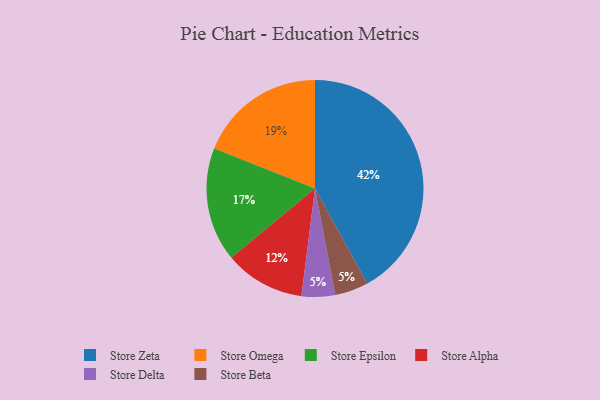
{"axis": {"x": "Category", "y": "Percentage"}, "legend": ["Store Alpha", "Store Beta", "Store Delta", "Store Epsilon", "Store Omega", "Store Zeta"], "data": [{"x": "Store Delta", "y": 5, "type": "Store Delta"}, {"x": "Store Omega", "y": 19, "type": "Store Omega"}, {"x": "Store Beta", "y": 5, "type": "Store Beta"}, {"x": "Store Alpha", "y": 12, "type": "Store Alpha"}, {"x": "Store Epsilon", "y": 17, "type": "Store Epsilon"}, {"x": "Store Zeta", "y": 42, "type": "Store Zeta"}]}